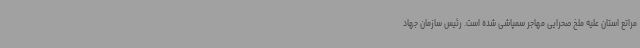
مراتع استان علیه ملخ صحرایی مهاجر سمپاشی شده است. رئیس سازمان جهاد